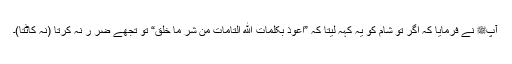
آپﷺ نے فرمایا کہ اگر تو شام کو یہ کہہ لیتا کہ ”اَعُوْذُ بِکَلِمَاتِ اللهِ التَّامَّاتِ مِنْ شَرِّ مَا خَلَق“ تو تجھے ضر ر نہ کرتا (نہ کاٹتا)۔